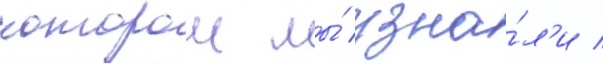
которои мы́ узна́л'и /